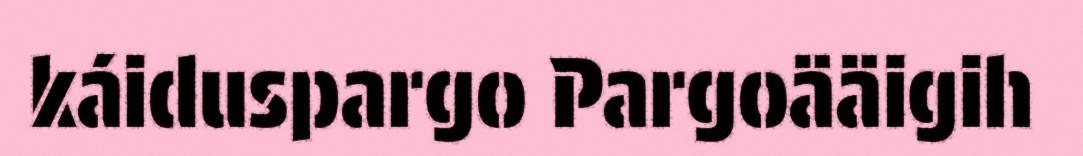
káiduspargo Pargoääigih